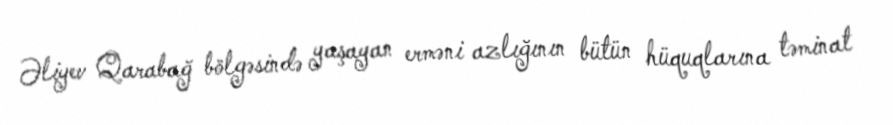
Əliyev Qarabağ bölgəsində yaşayan erməni azlığının bütün hüquqlarına təminat